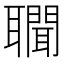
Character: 𦘁